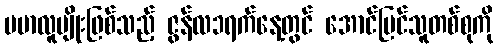
ဗမာလူမျိုးဖြစ်သည့် ဇွန်လ၁ရက်နေ့တွင် အောင်မြင်သူတစ်စုကို